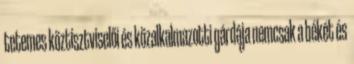
tetemes köztisztviselői és közalkalmazotti gárdája nemcsak a békét és